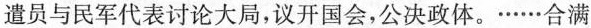
遣员与民军代表讨论大局，议开国会，公决政体。……合满